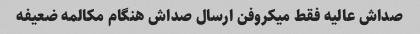
صداش عالیه فقط میکروفن ارسال صداش هنگام مکالمه ضعیفه